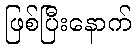
ဖြစ်ပြီးနောက်